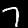
Digit: 7